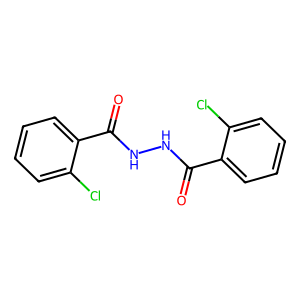
SMILES: O=C(NNC(=O)c1ccccc1Cl)c1ccccc1Cl
Inhibits HIV replication: No